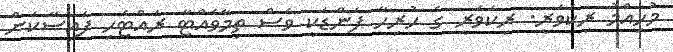
މުހިއްމު ރިކަވަރީ. ރިކަވަރީ ގެ ހުރިހާ ފަންޑަކީ ވެސް ތިމާވެއްޓާ ރައްޓެހި ފައިސާކަން